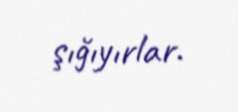
şığıyırlar.